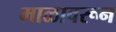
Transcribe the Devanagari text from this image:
माळावरून